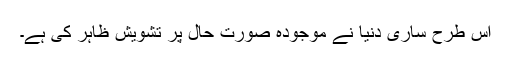
اس طرح ساری دنیا نے موجودہ صورتِ حال پر تشویش ظاہر کی ہے۔